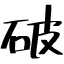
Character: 破